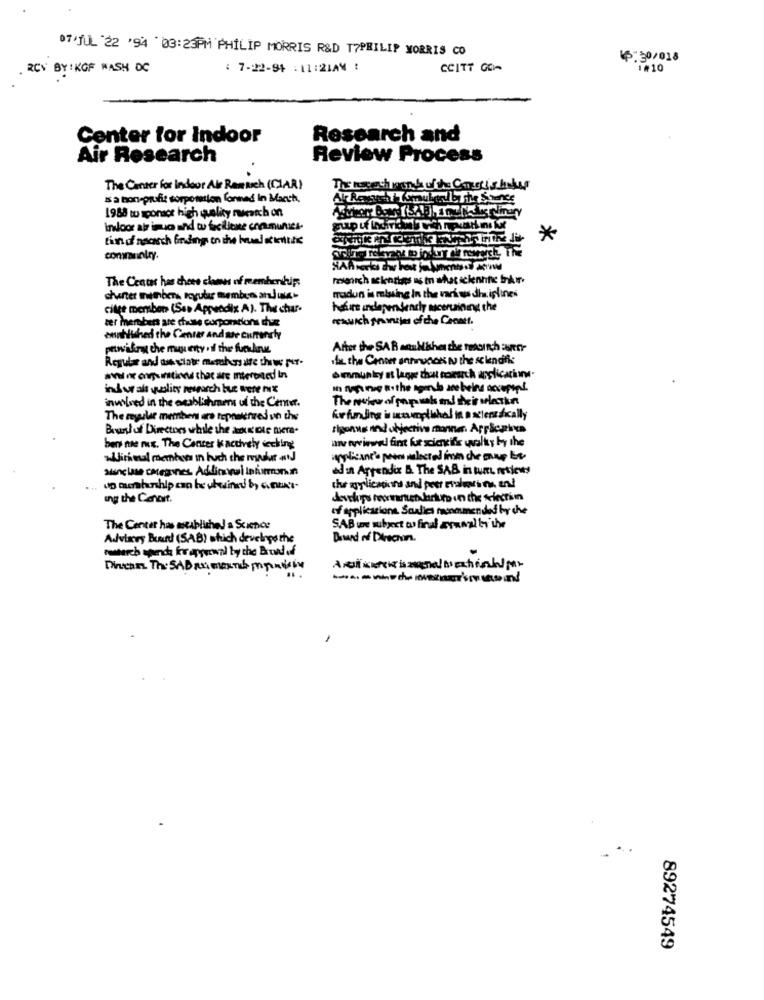
07/JUL 22 '94 03:23PM PHILIP MORRIS R&D TYPHILIP MORRIS CO
4:30/018
RCS BY : KGF WASH DC
: 7-22-94 : 11:21AM :
CCITT GOWA
1#10
Center for Indoor
Research and
Air Research
Review Process
The Center for indoor Air Ramach (CIAR)
Tungethink of the Crois hous
Is a non-profit corporation fonned In March,
1988 wo sponace high quality nucatch on
Indoor air imuco and tu facilione con.munici-
*
community.
The Centes has chees clams of memberships
charter mithbers Icyular members and inte-
radun is missing In the various disiplines
cilte member (Sas Appendix A). The char-
haft independenchy auceruining the
ter members are chiuse corporations chue
rewwwich printjes of the Conatt.
annhitched the Center and we currently
powifra the muquenty of the fuckne
After the SAB aosbisher the moonschauer
Regular and oss ciate members are thewe per-
.fit. the Center anniunaks tu the schendfis
6mmunkry st larye that coursrch applications-
ind walt quality research bue were mix
In typ nie Bithe agenda are being occupepi !.
invloed in the excablishmoms of the Corner.
The nukw of map wsk md their velatkn
The myslet members are tepowered un the
Årfunding in cumplihal in a xteradically
Boardof Directors while the duke'ole mera.
tiponus and objective manner. Applicaring
anve reviewed fint fur sciencifs wwalks by the
bens ne mus. The Center k actively decking
wJichmal members In huch the mylar and
ad in Appendix B. The SAB in tutt reviews
the agy lications and peer eraleri e und
ing the Conduit.
Auchps tornetdarkur in the telecrin
of applicazione. Soalles monamended by che
The Center has meablished & Science
SAB we subject w final arumalty the
Advisory Beaud (SAB) which develngs the
Dawed of Direchin.
research spenda fer apywwnl by the Brewd off
89274549